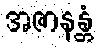
အဇာနန္တံ